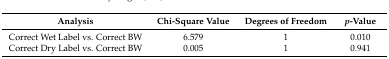
| Analysis | Chi-square Value | Degrees of Freedom | p-Value |
 | --- | --- | --- | --- |
 | Correct Wet Label vs. Correct BW | 6.579 | 1 | 0.010 |
 | Correct Dry Label vs. Correct BW | 0.005 | 1 | 0.941 |